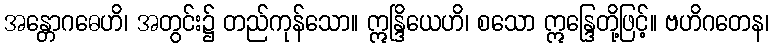
အန္တောဂဓေဟိ၊ အတွင်း၌ တည်ကုန်သော။ ဣန္ဒြိယေဟိ၊ စသော ဣန္ဒြေတို့ဖြင့်။ ဗဟိဂတေန၊